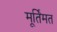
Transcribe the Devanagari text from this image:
मूर्तिमत